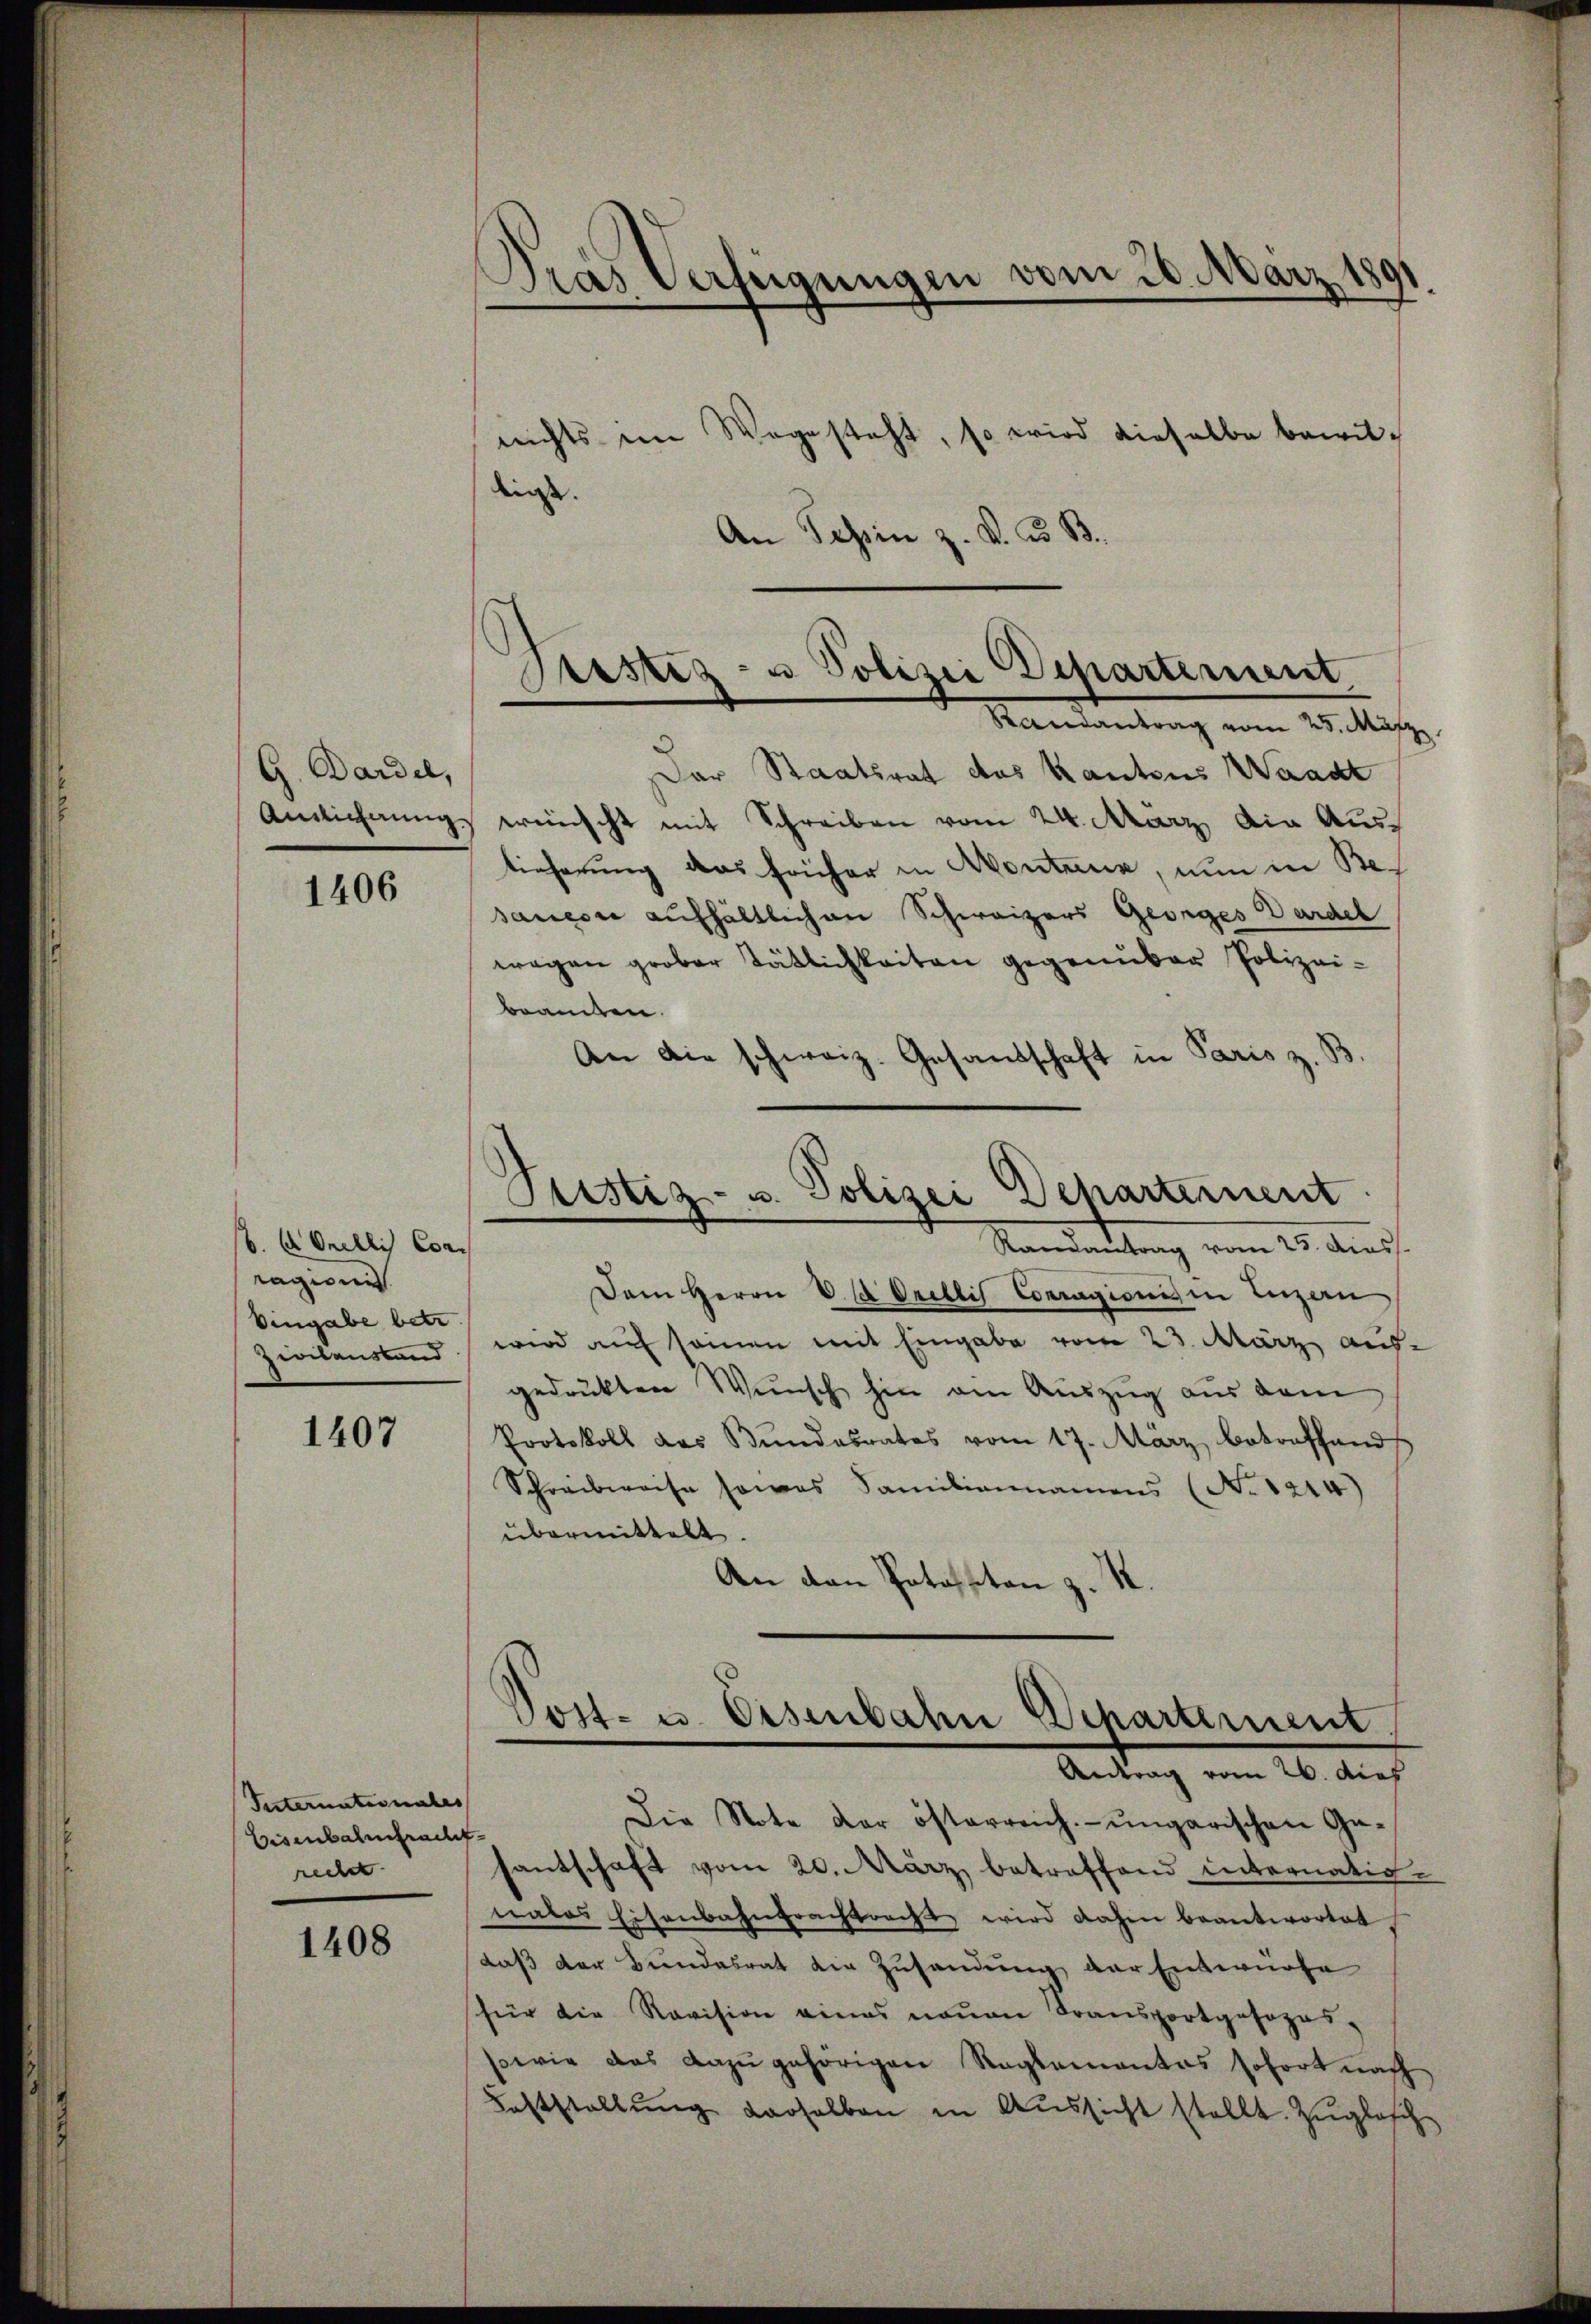
G. Dardel,
Amlichung.

1406

b. A. Orelli Con
ragion
Eingabe betr
Zivilanstand

1407

Vesternationales
Eisenbahnfracht.
recher |

1408

Dras Verfügungen vom 20. März

nichts im Wegesteht, so wird dieselbe bewilliess.
An Tessin z. B. d. B.
Der Staatsrat des Kantons Waadt
wünscht mit Schreiben vom 24. März, die Austieferung das früher in Montana, nun in Besanesie aufhältlichen Schweizers Georges Gardel
wegen grober Tätlichkeiten gegenüber Polizei-
beamten.
An die schweiz. Gesandschaft in Paris z. S
Sistiz- u. Polizei Departernent
Randantrag vom 25. Aus
Dem Herrn V. d. Orellis Conragions in Luzern
wird auf seinen mit Eingabe vom 23. März auf-
gedruckten Wunsch hin ein Auszug aus dem
Protokoll das Bundesrates vom 17. März betreffend
Schreibweise sowas Familiennamens (No. 1214)
übermittelt.
An den Potasston z. R.
Post- u. Eisenbahn Departement

Gerstiz- u Polizei Departement,
Randantrag vom 25. März

Antrag vom 26. dies
Die Note der österreich- ungarischen Ge-

santschaft vom 20. März betreffend internativ-
nales Eisenbahnfrachtracht wird dahen beantwortet.
daß der Bundesrat die Zusendung der Entwurfe
für die Revision eines neuen Transportgesezes-
sowie das dazŭgehörigen Reglementas sofort nach
Feststallŭng derselben in Aussicht stellt. Zuglasche